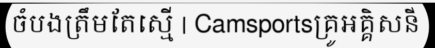
ចំបងត្រឹមតែស្មើ | Camsportsគ្រូអគ្គិសនី